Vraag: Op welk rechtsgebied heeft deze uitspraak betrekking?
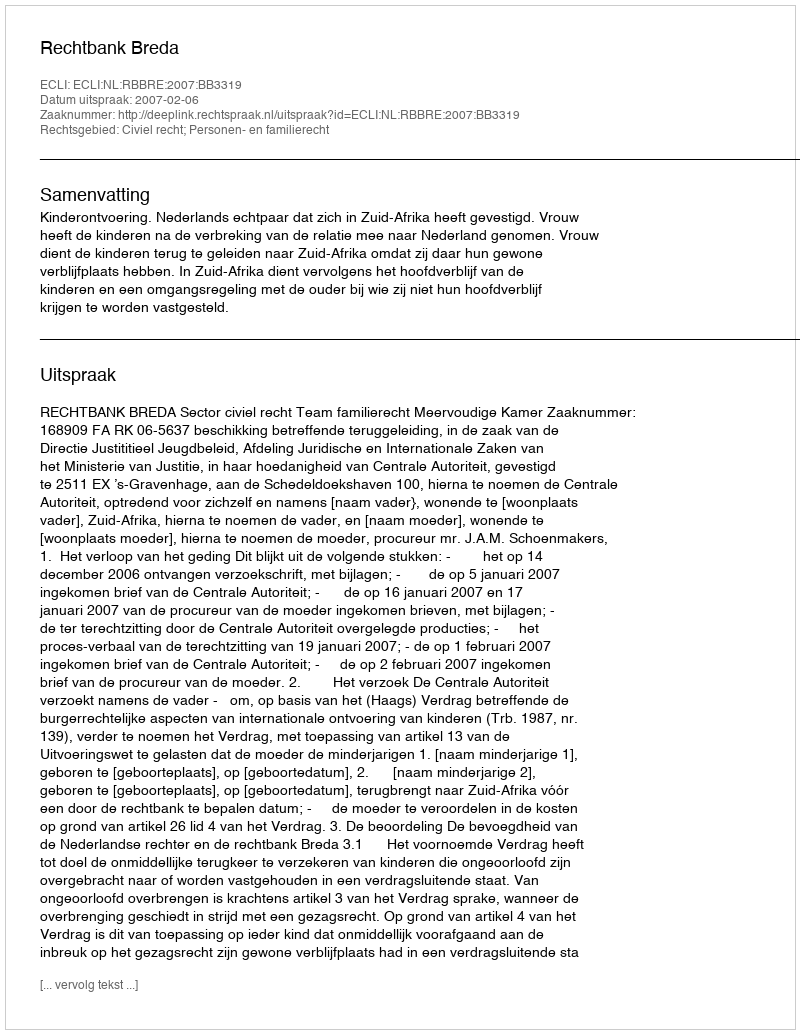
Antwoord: Civiel recht; Personen- en familierecht